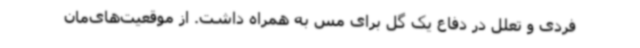
فردی و تعلل در دفاع یک گل برای مس به همراه داشت. از موقعیت‌های‌مان